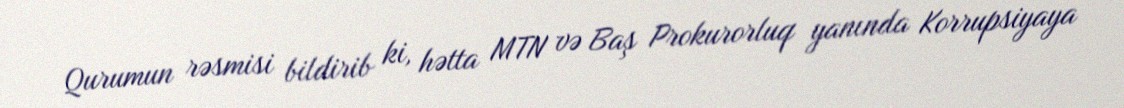
Qurumun rəsmisi bildirib ki, hətta MTN və Baş Prokurorluq yanında Korrupsiyaya